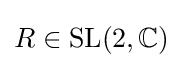
R\in \mathrm {SL} (2,\mathbb {C} )